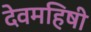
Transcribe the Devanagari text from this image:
देवमहिषी